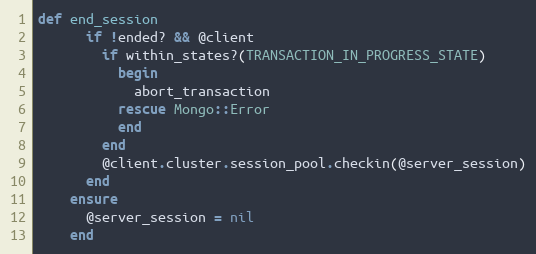
Language: Ruby
def end_session
      if !ended? && @client
        if within_states?(TRANSACTION_IN_PROGRESS_STATE)
          begin
            abort_transaction
          rescue Mongo::Error
          end
        end
        @client.cluster.session_pool.checkin(@server_session)
      end
    ensure
      @server_session = nil
    end